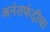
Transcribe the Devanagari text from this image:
अनंतफंदीचा